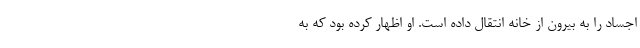
اجساد را به بیرون از خانه انتقال داده است. او اظهار کرده بود که به